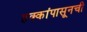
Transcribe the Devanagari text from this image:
हक्कांपासूनची